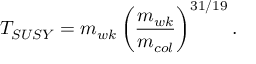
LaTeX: T _ { S U S Y } = m _ { w k } \left( \frac { m _ { w k } } { m _ { c o l } } \right) ^ { 3 1 / 1 9 } .